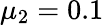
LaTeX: \mu_{2}=0.1